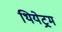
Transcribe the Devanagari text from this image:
थियेट्रम